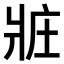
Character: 𤕸